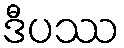
ဒီပဿ